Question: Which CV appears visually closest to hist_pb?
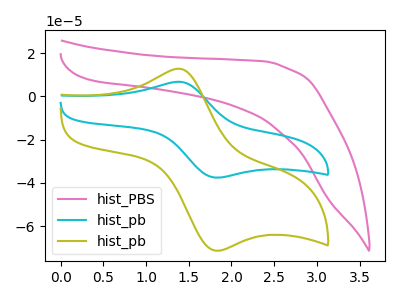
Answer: <think>The pink curve "hist_PBS" has no peaks. The cyan curve "hist_pb" has an anodic peak at (1.40V, 6.70uA) and a cathodic peak at (1.85V, -37.60uA). The olive curve "hist_pb" has an anodic peak at (1.40V, 12.75uA) and a cathodic peak at (1.85V, -71.40uA).
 "hist_PBS" and "hist_pb" have a different number of peaks. "hist_PBS" and "hist_pb" have a different number of peaks. All the peaks in "hist_pb" have a peak in "hist_pb" at the same potential. Every peak in "hist_pb" is lower than every peak in "hist_pb".</think>
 <answer>The CV with the most similar shape to "hist_pb" is "hist_pb".</answer>
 <eval>"hist_pb"</eval>